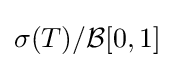
\sigma (T)/{\mathcal {B}}[0,1]